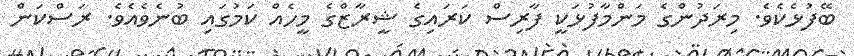
ބޭފުޅެކެވެ. މިރަދުންގެ މަންމާފުޅަކީ ފާރިސް ކަރައިގެ ޝީރާޒްގެ މީހެއް ކަމުގައި ބުނެވެއެވެ. ރަސްކަން